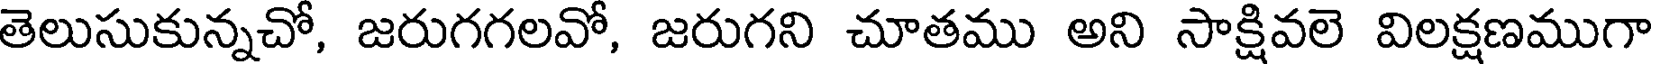
తెలుసుకున్నచో, జరుగగలవో, జరుగని చూతము అని సాక్షివలె విలక్షణముగా